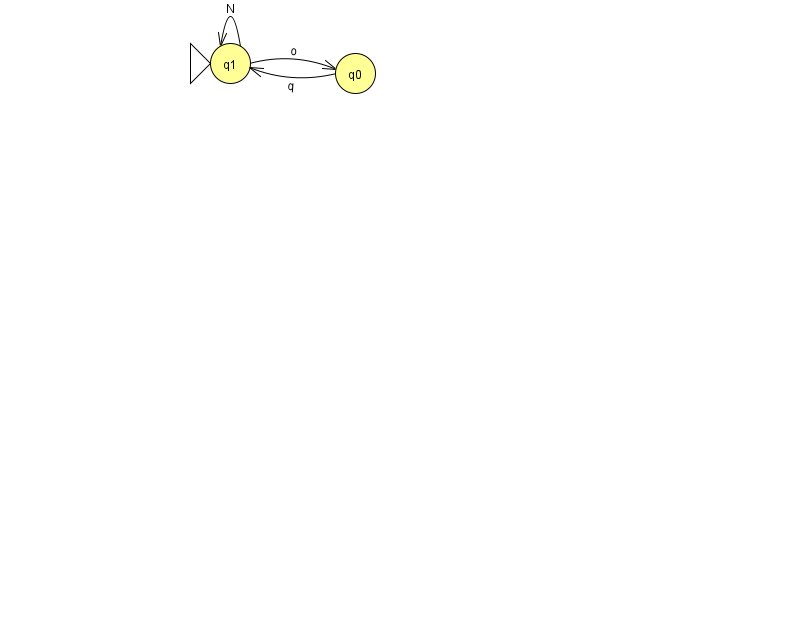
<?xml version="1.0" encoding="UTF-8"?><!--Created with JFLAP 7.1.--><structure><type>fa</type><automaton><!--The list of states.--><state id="0" name="q0"><x>355.0</x><y>60.0</y></state><state id="1" name="q1"><x>230.0</x><y>50.0</y><initial/></state><!--The list of transitions.--><transition><from>0</from><to>1</to><read>q</read></transition><transition><from>1</from><to>0</to><read>o</read></transition><transition><from>1</from><to>1</to><read>N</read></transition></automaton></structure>